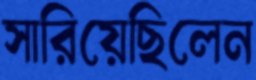
সারিয়েছিলেন